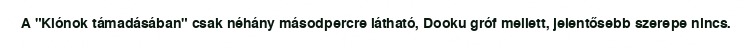
A "Klónok támadásában" csak néhány másodpercre látható, Dooku gróf mellett, jelentősebb szerepe nincs.